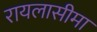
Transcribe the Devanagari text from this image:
रायलासीमा